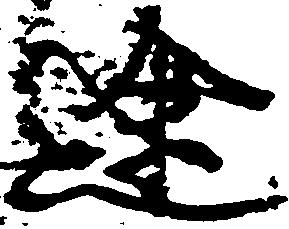
途